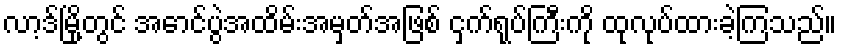
လာ့ဒ်မြို့တွင် အောင်ပွဲအထိမ်းအမှတ်အဖြစ် ငှက်ရုပ်ကြီးကို ထုလုပ်ထားခဲ့ကြသည်။